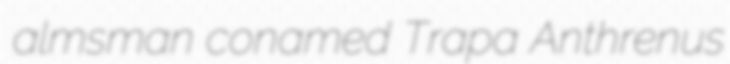
almsman conamed Trapa Anthrenus